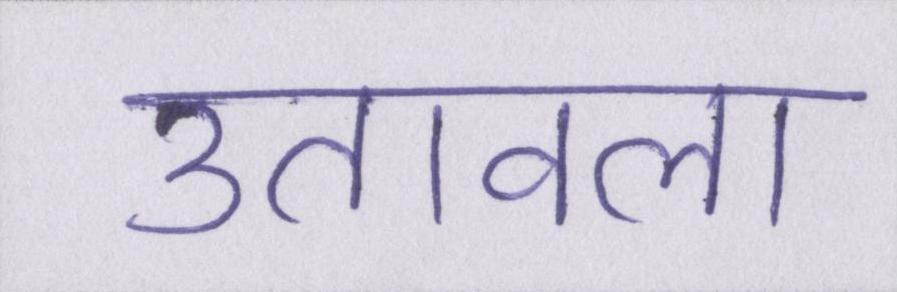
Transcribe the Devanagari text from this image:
उतावला